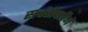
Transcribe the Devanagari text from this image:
सर्वतोपरीने